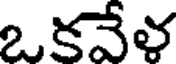
ఒకవేళ